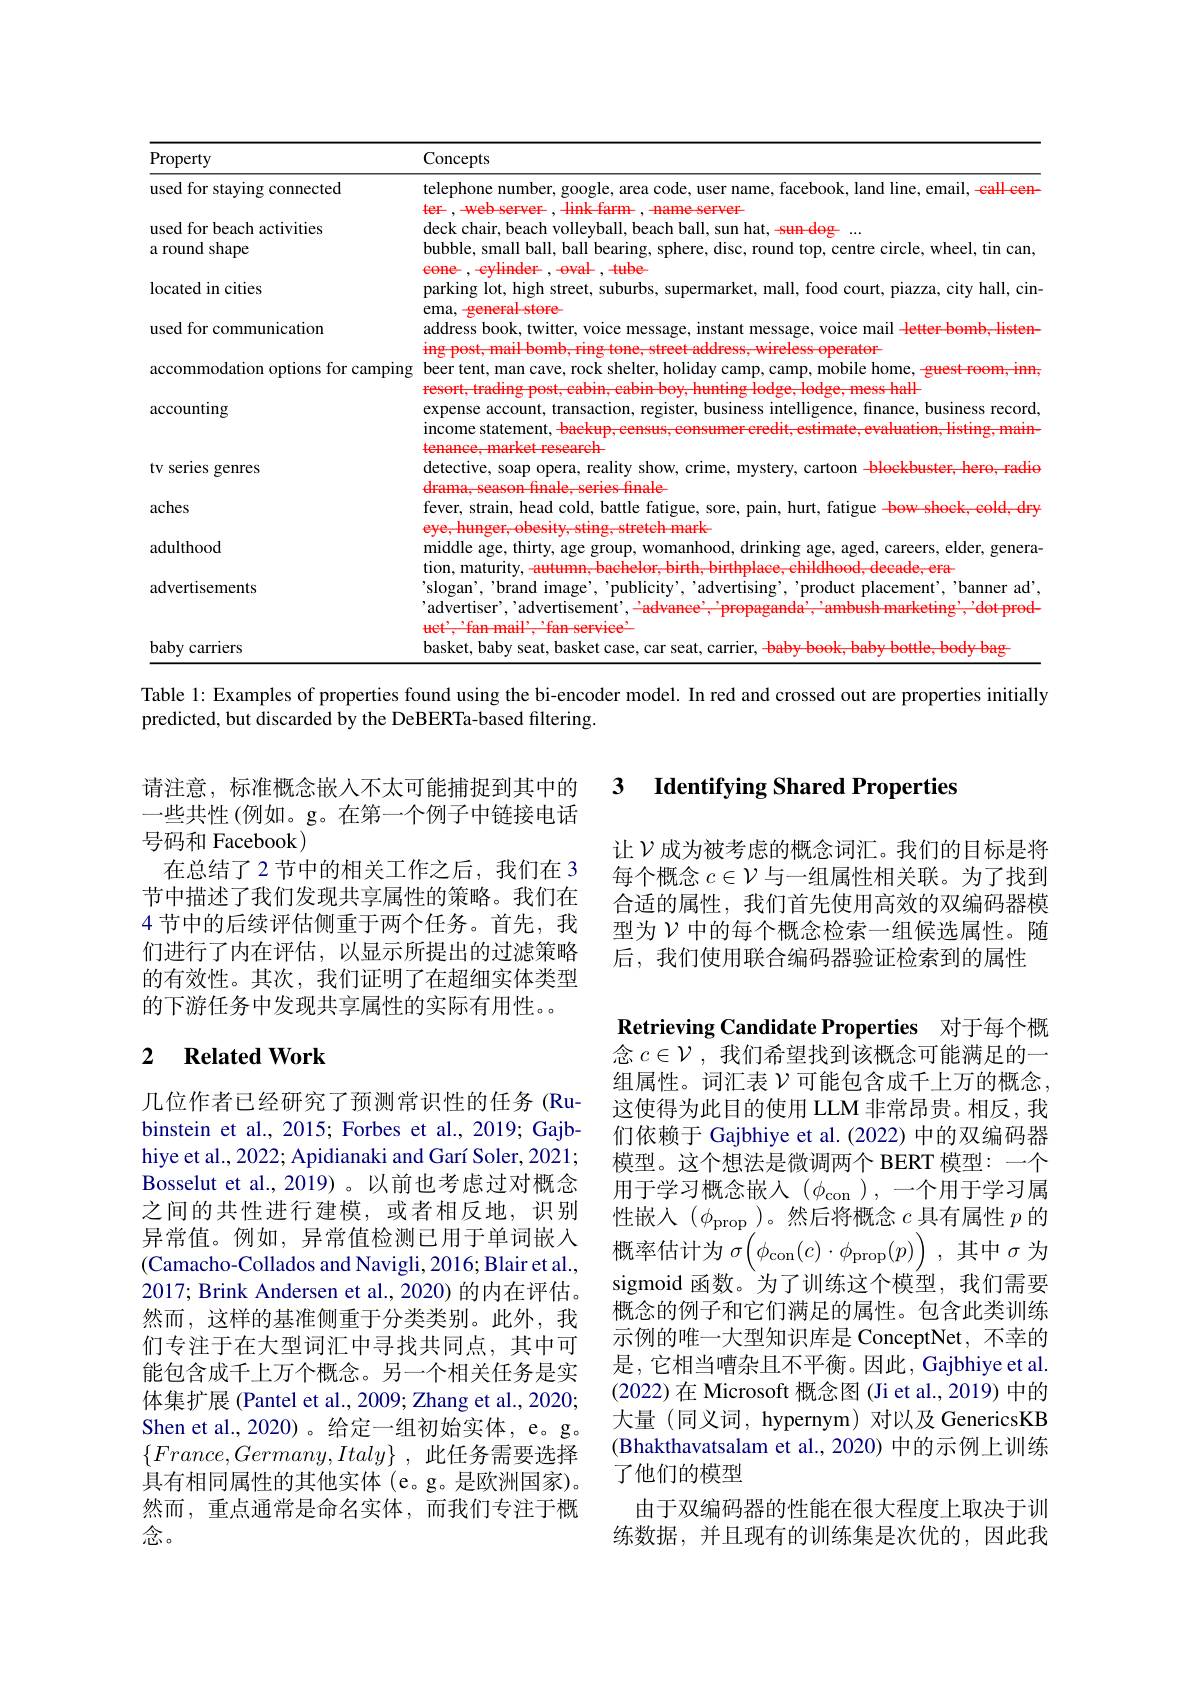
<table>
	<tbody>
		<tr>
			<th>Property</th>
			<th>Concepts</th>
		</tr>
		<tr>
			<td>used for staying connected</td>
			<td>telephone numbo tacebook land line, email, eall cen-</td>
		</tr>
		<tr>
			<td>used for beach activities</td>
			<td>deck chair. beach voll</td>
		</tr>
		<tr>
			<td>a round shape</td>
			<td>bubble, small ball, ball bearing, sphere, disc, round top, centre circle, wheel, tin can, cylinder</td>
		</tr>
		<tr>
			<td>located in cities</td>
			<td>parking lot, high street, suburbs, supermarket, mall, food court, piazza, city hall, cin ema H-ctare</td>
		</tr>
		<tr>
			<td>used for communication</td>
			<td>address book. mail - letter- bemb, listen- </td>
		</tr>
		<tr>
			<td>accommodation options for camping</td>
			<td>beer tent, man $0m$ $uestroom.inn$</td>
		</tr>
		<tr>
			<td>accounting</td>
			<td>expense account, transaction, register, business intelligence, finance, business record, income statement, baekup, eensus, consumer credit, estimate, evaluation, listing, main-</td>
		</tr>
		<tr>
			<td>tv series genres</td>
			<td>detective, blockbuster, hero, radio SOap cartoon</td>
		</tr>
		<tr>
			<td>aches</td>
			<td>fever, strain, head cold, battle fatigue, sore, pain, t, fatigue $bow-shock,cold,dr$</td>
		</tr>
		<tr>
			<td>adulthood</td>
			<td>middle age, thirty, age group, drinking age, aged, careers, elder, genera noon 1.0</td>
		</tr>
		<tr>
			<td>advertisements</td>
			<td>'slogan', 'brand image', 'publicity', 'advertising', 'product placement', 'banner ad', 'advertiser','advertisement', 'advance''propaganda', 'ambush marketing', 'dot prod- brat? coonte $4ff$</td>
		</tr>
		<tr>
			<td>baby carriers</td>
			<td>$k.babvbottle.bodvbac$</td>
		</tr>
	</tbody>
</table>

Table 1: Examples of properties found using the bi-encoder model. In red and crossed out are properties initially

predicted, but discarded by the DeBERTa-based filtering.

### 3 $\textbf{Identifving Shared Properties}$

请注意，标准概念嵌入不太可能捕捉到其中的一些共性 (例如。g。在第一个例子中链接电话号码和 Facebook)
在总结了 2 节中的相关工作之后，我们在 3节中描述了我们发现共享属性的策略。我们在4 节中的后续评估侧重于两个任务。首先，我们进行了内在评估，以显示所提出的过滤策略的有效性。其次，我们证明了在超细实体类型的下游任务中发现共享属性的实际有用性。

让$\mathcal{V}$成为被考虑的概念词汇。我们的目标是将每个概念$c\in\mathcal{V}$与一组属性相关联。为了找到合适的属性，我们首先使用高效的双编码器模型为$\mathcal{V}$中的每个概念检索一组候选属性。随后，我们使用联合编码器验证检索到的属性

### 2 $\textbf{Related Work}$

Retrieving Candidate Properties 对于每个概念$c\in\mathcal{V}$,我们希望找到该概念可能满足的一组属性。词汇表$\mathcal{V}$可能包含成千上万的概念， 这使得为此目的使用 LLM 非常昂贵。相反，我们依赖于 Gajbhiye et al.(2022) 中的双编码器模型。这个想法是微调两个 BERT 模型：一个用于学习概念嵌入$(\phi_\mathrm{con}$ ),一个用于学习属性嵌入$(\phi_\mathrm{prop}$)。然后将概念$c$ 具有属性 $p$ 的概率估计为$\sigma\left(\phi_{\mathrm{con}}(c)\cdot\phi_{\mathrm{prop}}(p)\right)$,其中$\sigma$为sigmoid 函数。为了训练这个模型，我们需要概念的例子和它们满足的属性。包含此类训练示例的唯一大型知识库是 ConceptNet, 不幸的是，它相当嘈杂且不平衡。因此，Gajbhiye et al. (2022) 在 Microsoft 概念图 (Ji et al., 2019) 中的大量 (同义词，hypernym) 对以及 GenericsKB (Bhakthavatsalam et al., 2020) 中的示例上训练了他们的模型
由于双编码器的性能在很大程度上取决于训练数据，并且现有的训练集是次优的，因此我

几位作者已经研究了预测常识性的任务(Rubinstein et al., 2015; Forbes et al., 2019; Gajbhiye et al., 2022; Apidianaki and Garí Soler, 2021; Bosselut et al.,2019) 。以前也考虑过对概念之间的共性进行建模，或者相反地，识别异常值。例如，异常值检测已用于单词嵌入(Camacho-Collados and Navigli, 2016; Blair et al., 2017; Brink Andersen et al., 2020) 的内在评估。然而，这样的基准侧重于分类类别。此外，我们专注于在大型词汇中寻找共同点，其中可能包含成千上万个概念。另一个相关任务是实体集扩展 (Pantel et al., 2009; Zhang et al., 2020; Shen et al., 2020)。给定一组初始实体，e。g。$\{ France, Germany, Italy\}$ ,此任务需要选择具有相同属性的其他实体 (e。g。是欧洲国家)。然而，重点通常是命名实体，而我们专注于概念。